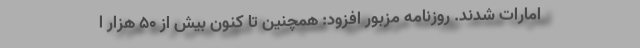
امارات شدند. روزنامه مزبور افزود: همچنین تا کنون بیش از ۵۰ هزار ا